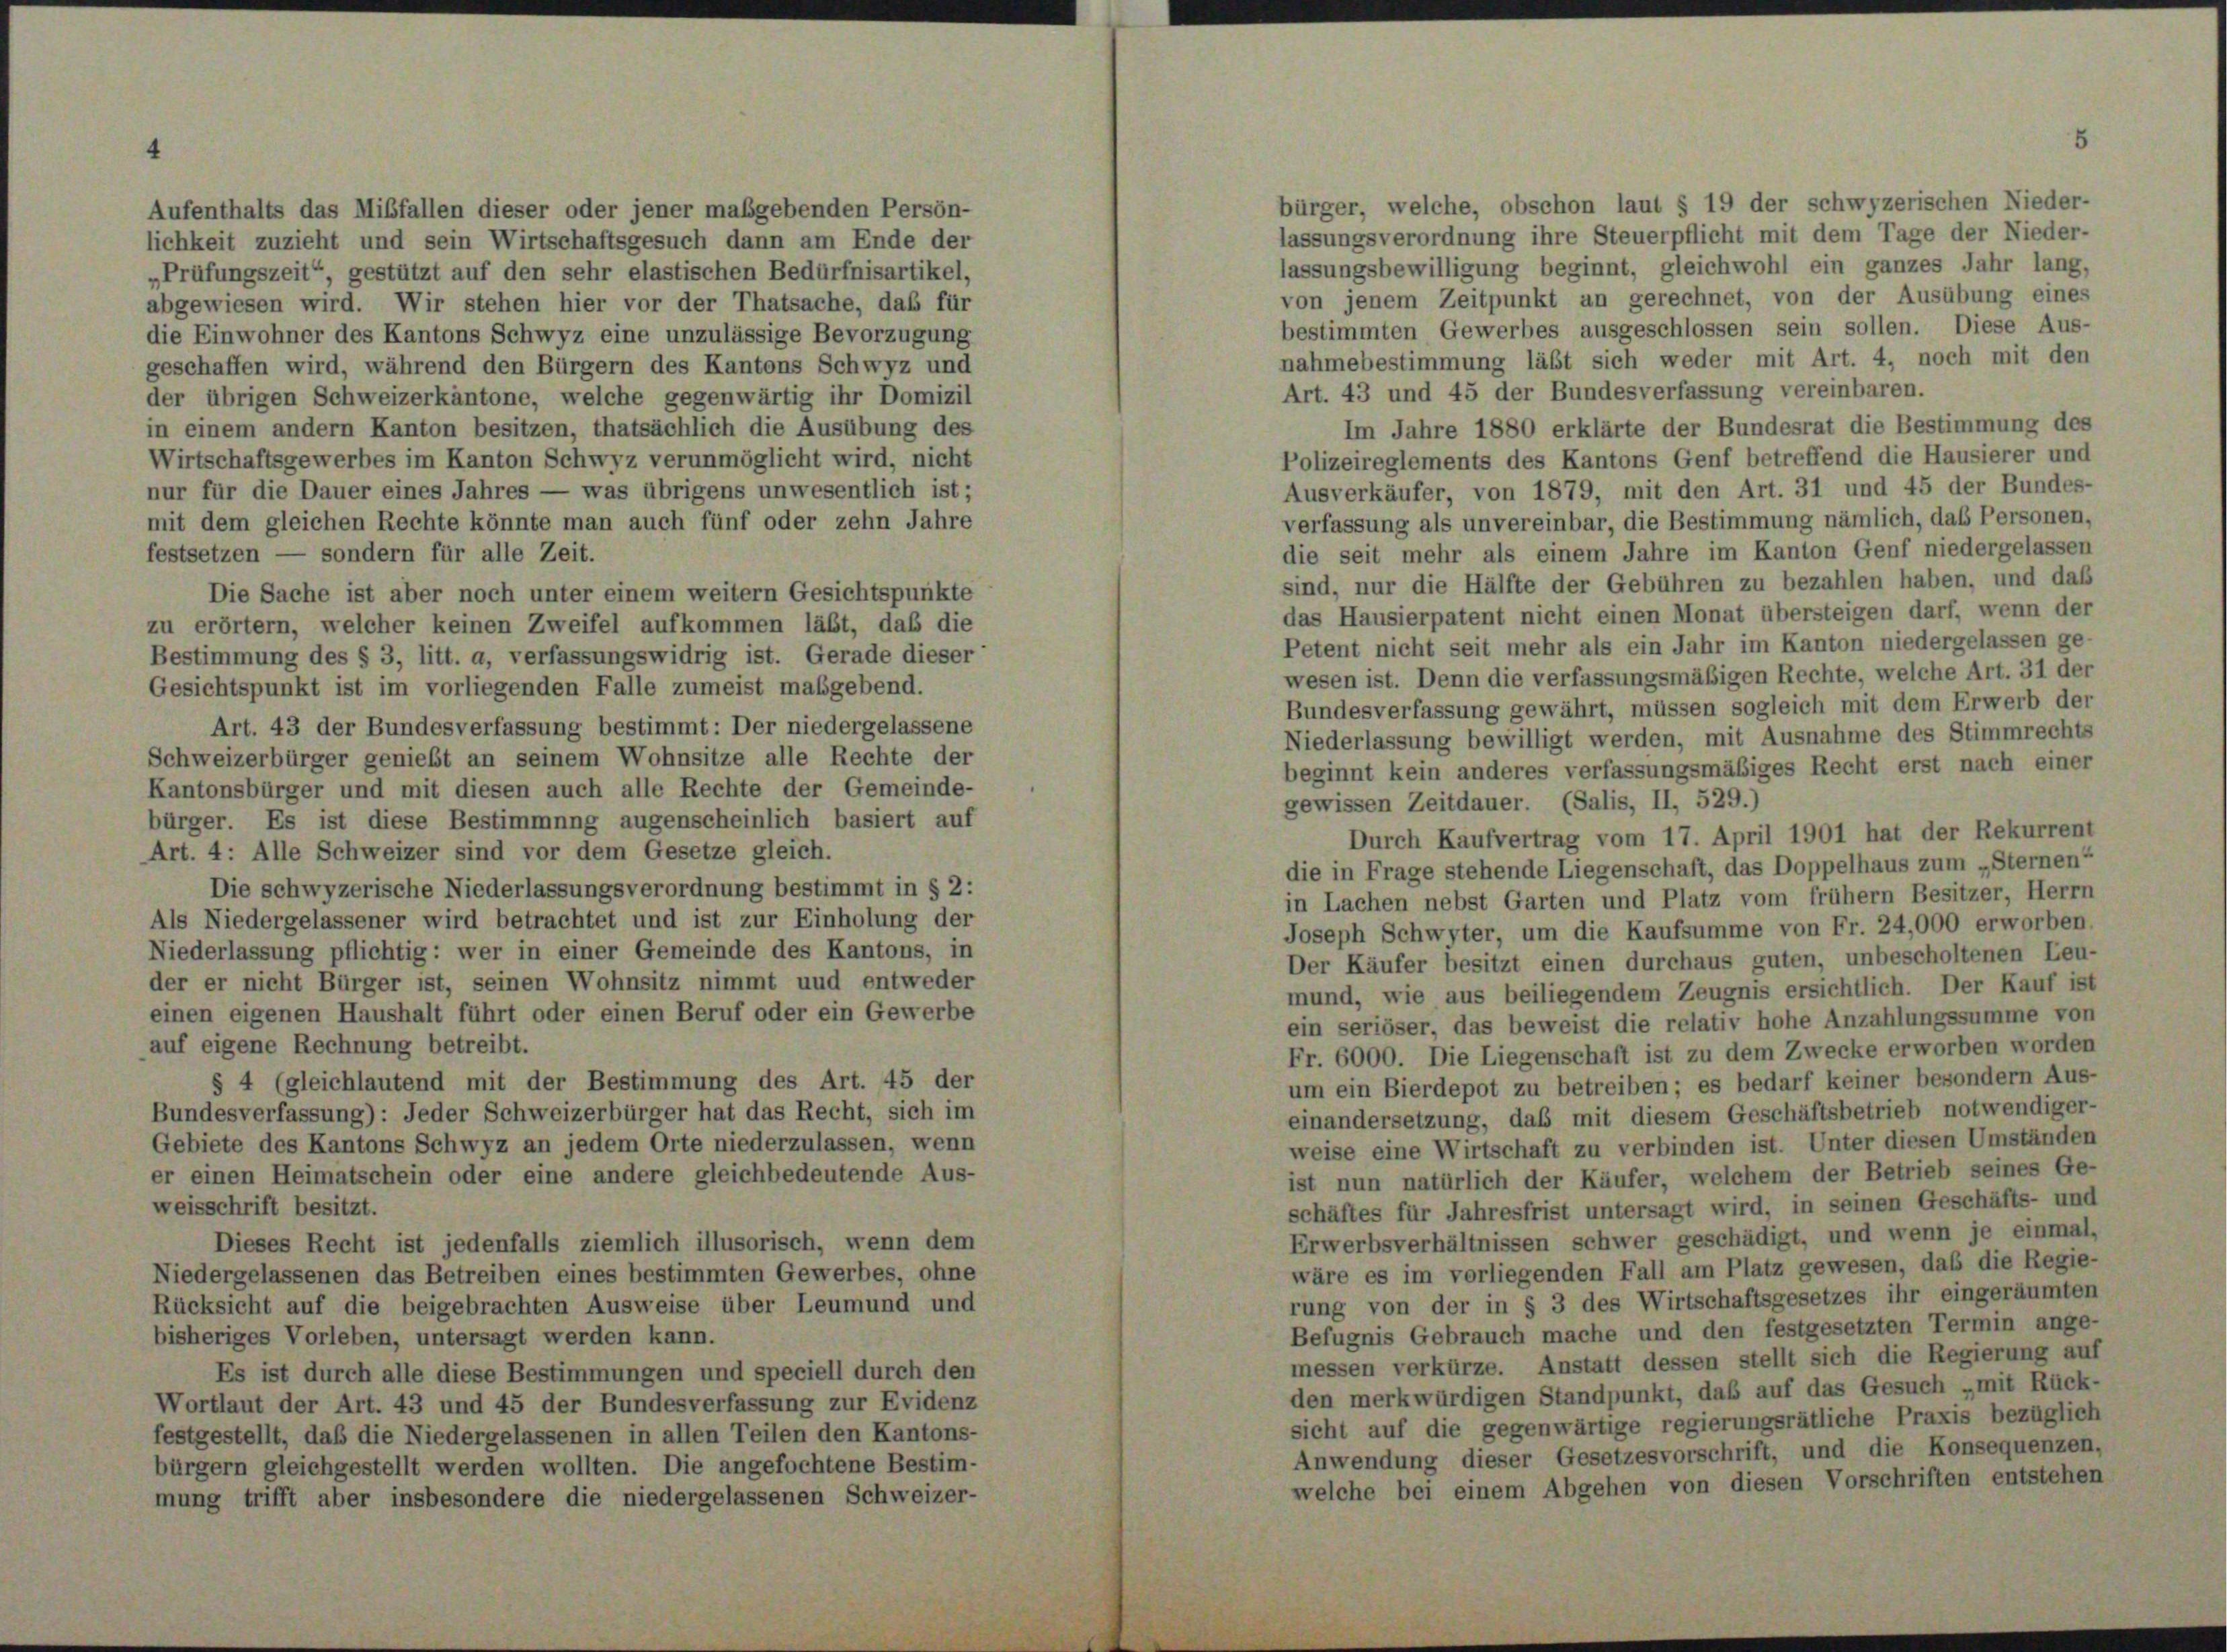
Aufenthalts das Mißfallen dieser oder jener maßgebenden Persön-
lichkeit zuzieht und sein Wirtschaftsgesuch dann am Ende der

lassungsbewilligung beginnt, gleichwohl ein ganzes Jahr lang,
„Prüfungszeit“, gestützt auf den sehr elastischen Bedürfnisartikel,
von jenem Zeitpunkt an gerechnet, von der Ausübung eines
abgewiesen wird. Wir stehen hier vor der Thatsache, daß für
bestimmten Gewerbes ausgeschlossen sein sollen. Diese Aus-
lie Einwohner des Kantons Schwyz eine unzulässige Bevorzugung
nahmebestimmung läßt sich weder mit Art. 4, noch mit den
geschaffen wird, während den Bürgern des Kantons Schwyz und
Art. 43 und 45 der Bundesverfassung vereinbaren.
ler übrigen Schweizerkantone, welche gegenwärtig ihr Domizil
Im Jahre 1880 erklärte der Bundesrat die Bestimmung des
n einem andern Kanton besitzen, thatsächlich die Ausübung des
Wirtschaftsgewerbes im Kanton Schwyz verunmöglicht wird, nicht
Polizeireglements des Kantons Genf betreffend die Hausierer und
Ausverkäufer, von 1879, mit den Art. 31 und 45 der Bundes-
nur für die Dauer eines Jahres — was übrigens unwesentlich ist;
verfassung als unvereinbar, die Bestimmung nämlich, daß Personen,
mit dem gleichen Rechte könnte man auch fünf oder zehn Jahre
die seit mehr als einem Jahre im Kanton Genf niedergelassen
estsetzen — sondern für alle Zeit.
sind, nur die Hälfte der Gebühren zu bezahlen haben, und daß
Die Sache ist aber noch unter einem weitern Gesichtspunkte
das Hausierpatent nicht einen Monat übersteigen darf, wenn der
zu erörtern, welcher keinen Zweifel aufkommen läßt, daß die
Petent nicht seit mehr als ein Jahr im Kanton niedergelassen ge-
Bestimmung des § 3, litt. a, verfassungswidrig ist. Gerade dieser
wesen ist. Denn die verfassungsmäßigen Rechte, welche Art. 31 der
Gesichtspunkt ist im vorliegenden Falle zumeist maßgebend.
Bundesverfassung gewährt, müssen sogleich mit dem Erwerb der
Art. 43 der Bundesverfassung bestimmt: Der niedergelassene
Niederlassung bewilligt werden, mit Ausnahme des Stimmrechts
Schweizerbürger genießt an seinem Wohnsitze alle Rechte der
beginnt kein anderes verfassungsmäßiges Recht erst nach einer
Kantonsbürger und mit diesen auch alle Rechte der Gemeinde-
gewissen Zeitdauer. (Salis, II, 529.)
bürger. Es ist diese Bestimmung augenscheinlich basiert auf
Durch Kaufvertrag vom 17. April 1901 hat der Rekurrent
Art. 4: Alle Schweizer sind vor dem Gesetze gleich.
Die schwyzerische Niederlassungsverordnung bestimmt in § 2:
in Lachen nebst Garten und Platz vom frühem Besitzer, Herrn
Als Niedergelassener wird betrachtet und ist zur Einholung der
Joseph Schwyter, um die Kaufsumme von Fr. 24,000 erworben.
Niederlassung pflichtig: wer in einer Gemeinde des Kantons, in
Der Käufer besitzt einen durchaus guten, unbescholtenen Leu-
der er nicht Bürger ist, seinen Wohnsitz nimmt und entweder
mund, wie aus beiliegendem Zeugnis ersichtlich. Der Kauf ist
einen eigenen Haushalt führt oder einen Beruf oder ein Gewerbe
ein seriöser, das beweist die relativ hohe Anzahlungssumme von
auf eigene Rechnung betreibt.
Fr. 6000. Die Liegenschaft ist zu dem Zwecke erworben worden
§ 4 (gleichlautend mit der Bestimmung des Art. 45 der
um ein Bierdepot zu betreiben; es bedarf keiner besondern Aus-
Bundesverfassung): Jeder Schweizerbürger hat das Recht, sich im
einandersetzung, daß mit diesem Geschäftsbetrieb notwendiger-
Gebiete des Kantons Schwyz an jedem Orte niederzulassen, wenn
weise eine Wirtschaft zu verbinden ist. Unter diesen Umständen
er einen Heimatschein oder eine andere gleichbedeutende Aus-
ist nun natürlich der Käufer, welchem der Betrieb seines Ge-
weisschrift besitzt.
schäftes für Jahresfrist untersagt wird, in seinen Geschäfts- und
Erwerbsverhältnissen schwer geschädigt, und wenn je einmal,
Dieses Recht ist jedenfalls ziemlich illusorisch, wenn dem
wäre es im vorliegenden Fall am Platz gewesen, daß die Regie-
Niedergelassenen das Betreiben eines bestimmten Gewerbes, ohne
rung von der in § 3 des Wirtschaftsgesetzes ihr eingeräumten
Rücksicht auf die beigebrachten Ausweise über Leumund und
Befugnis Gebrauch mache und den festgesetzten Termin ange-
bisheriges Vorleben, untersagt werden kann.
messen verkürze. Anstatt dessen stellt sich die Regierung auf
Es ist durch alle diese Bestimmungen und speciell durch den
den merkwürdigen Standpunkt, daß auf das Gesuch „mit Rück-
Wortlaut der Art. 43 und 45 der Bundesverfassung zur Evidenz
sicht auf die gegenwärtige regierungsrätliche Praxis bezüglich
festgestellt, daß die Niedergelassenen in allen Teilen den Kantons-
Anwendung dieser Gesetzesvorschrift, und die Konsequenzen,
bürgern gleichgestellt werden wollten. Die angefochtene Bestim-
welche bei einem Abgehen von diesen Vorschriften entstehen
mung trifft aber insbesondere die niedergelassenen Schweizer-

bürger, welche, obschon laut § 19 der schwyzerischen Nieder-
lassungsverordnung ihre Steuerpflicht mit dem Tage der Nieder-

die in Frage stehende Liegenschaft, das Doppelhaus zum „Sternen“